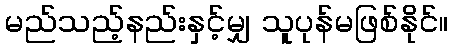
မည်သည့်နည်းနှင့်မျှ သူပုန်မဖြစ်နိုင်။